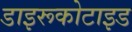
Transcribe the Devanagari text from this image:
डाइरूकोटाइड